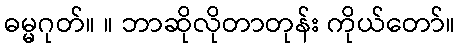
ဓမ္မဂုတ်။ ။ ဘာဆိုလိုတာတုန်း ကိုယ်တော်။